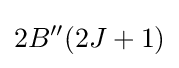
2B''(2J+1)